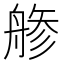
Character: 𦩔